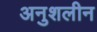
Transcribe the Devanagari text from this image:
अनुशलीन